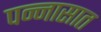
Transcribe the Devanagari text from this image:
पन्‍नासात